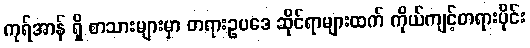
ကုရ်အာန် ရှိ စာသားများမှာ တရားဥပဒေ ဆိုင်ရာများထက် ကိုယ်ကျင့်တရားပိုင်း